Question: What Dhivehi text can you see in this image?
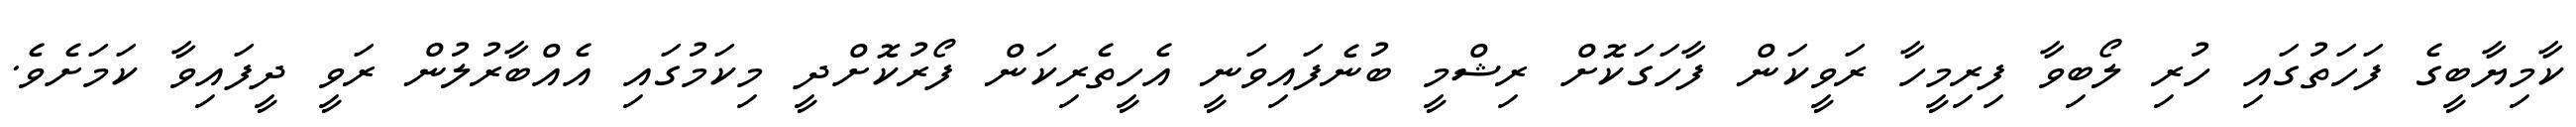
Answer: ކާމިޔާބީގެ ފަހަތުގައި ހުރި ލޯބިވާ ފިރިމީހާ ރަވީކަން ފާހަގަކޮށް ރިޝްމީ ބުނެފައިވަނީ އެހީތެރިކަން ފޯރުކޮށްދީ މިކަމުގައި އެއްބާރުލުން ރަވީ ދީފައިވާ ކަމަށެވެ.